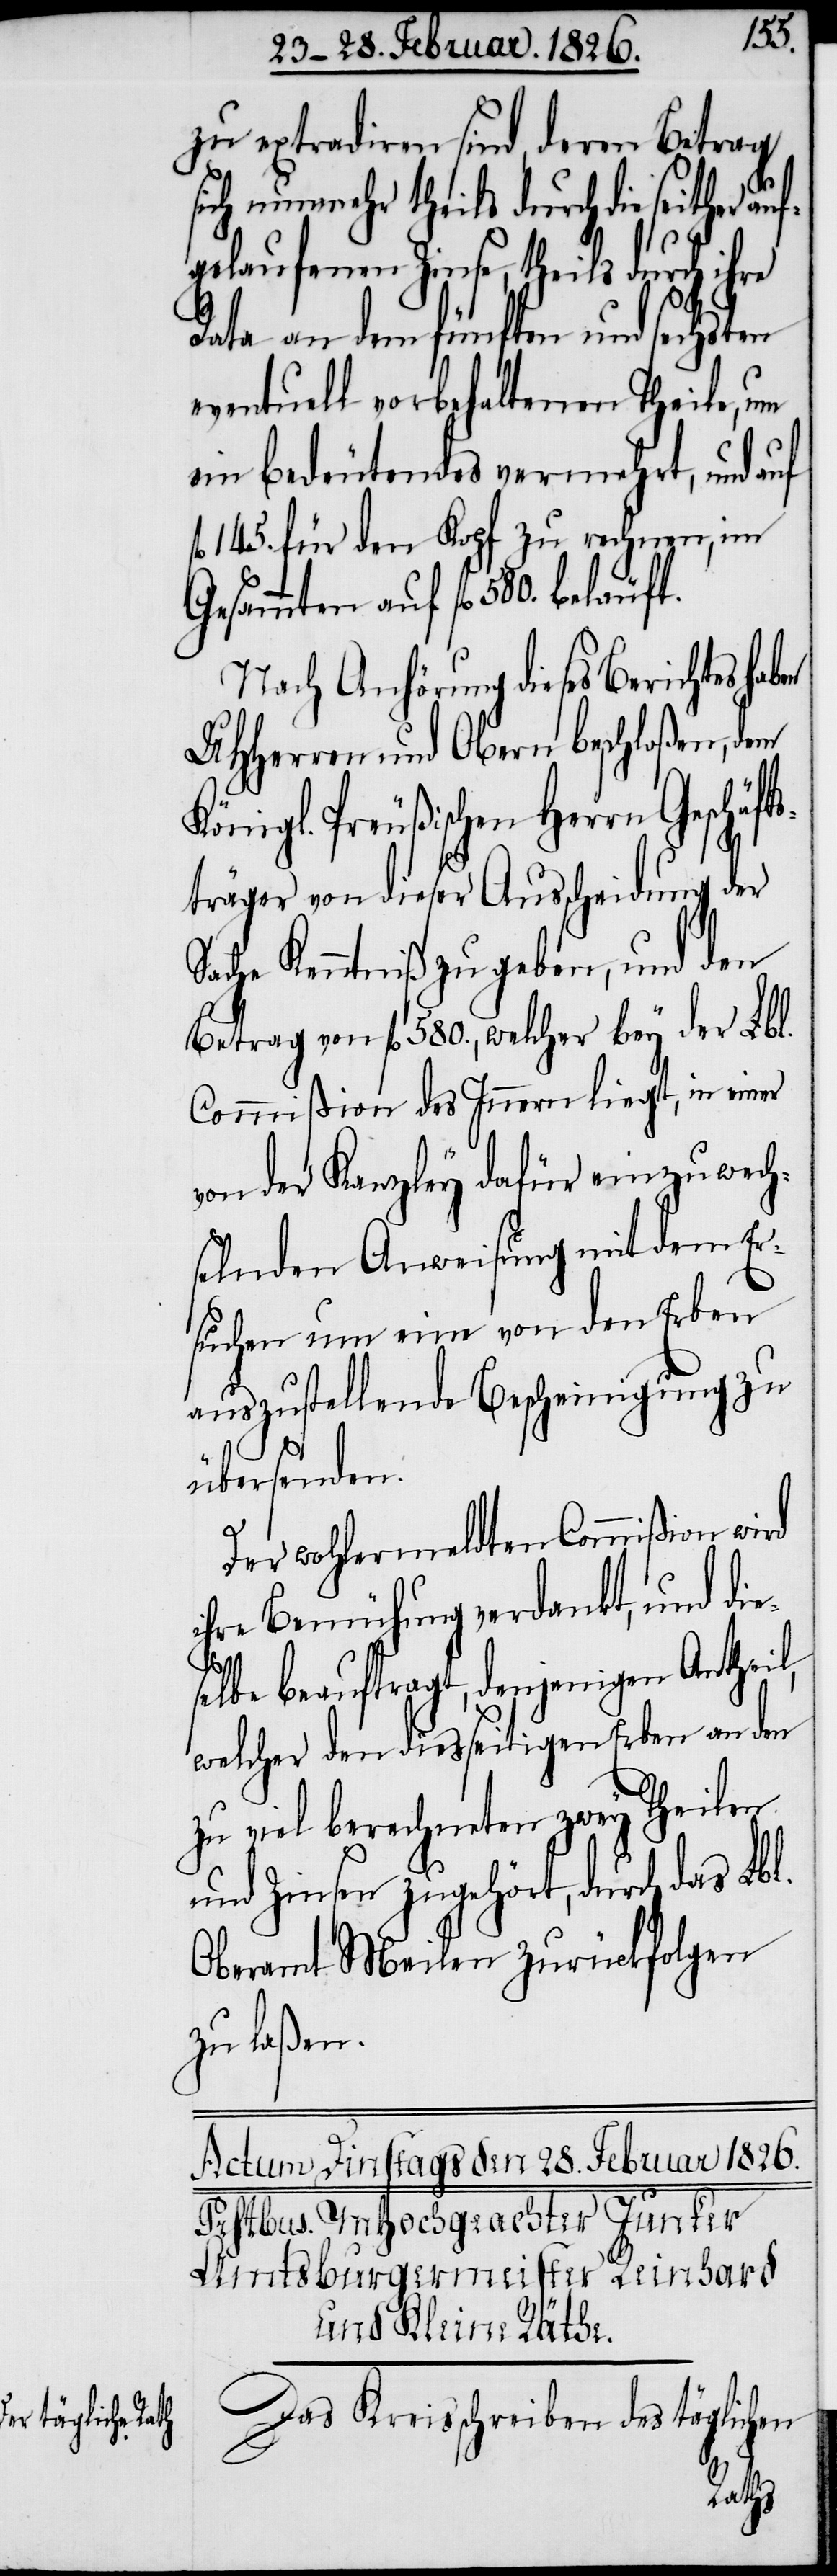
zu extradiren sind, deren Betrag
sich nunmehr theils durch die seit¬
gelaufenen Zinse, theils durch ihre
Data an dem fünften und sechsten
eventuell vorbehaltenen Theile, um
ein bedeutendes vermehrt, und auf
l. 145. für den Kopf zu rechnen, im
Gesammten auf fl. 580. beläuft.
Nach Anhörung dieses Berichtes hab¬
UHHerren und Obern beschloßen, dem
Königl. Preußischen Herrn Geschäf¬
träger von dieser Ausscheidung der
Sache Kenntniß zu geben, und den
Betrag von fl. 580., welcher bey der Lbl.
Commißion des Innern liegt, in einer
von der Kanzley dafür einzuwech¬
selnden Anweisung mit dem Er¬
suchen um eine von den Erben
auszustellende Bescheinigung zu
übersenden.
Der wohlermeldten Commißion wird
ihre Bemühung verdankt, und dies¬
her auf¬
elbe beauftragt, denjenigen Anthei¬
welcher den diesseitigen Erben an den
zu viel berechneten zwey Theilen
und Zinsen zugehört, durch das Lbl.
Oberamt Meilen zurückfolgen
zu laßen.
Das Kreisschreiben des täglichen
l,